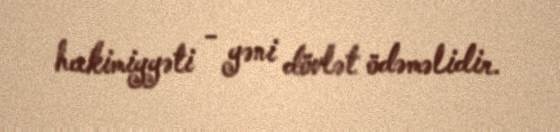
hakimiyyəti - yəni dövlət ödəməlidir.